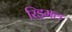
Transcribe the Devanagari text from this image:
रिड़मल